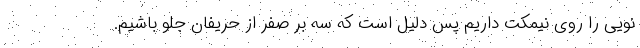
نویی را روی نیمکت داریم پس دلیل است که سه بر صفر از حریفان جلو باشیم.